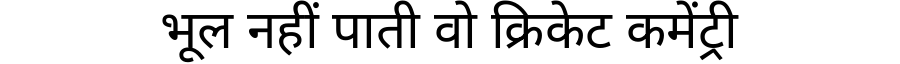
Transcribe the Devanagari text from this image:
भूल नहीं पाती वो क्रिकेट कमेंट्री